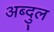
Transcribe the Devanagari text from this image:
अब्दु्ल